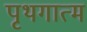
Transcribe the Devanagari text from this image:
पृथगात्म